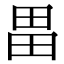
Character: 畕